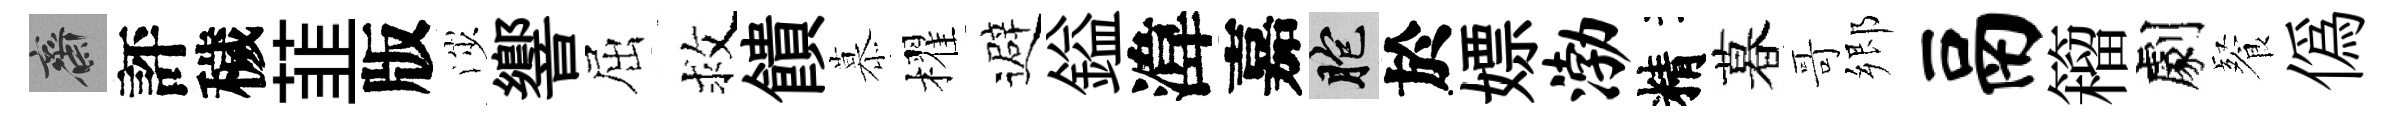
齋評穢韮版渉響屈救饋慕櫂避鎰湋嘉胞於嫖渤精暮哥郷鬲籕劇餐偽